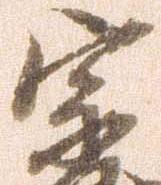
宗